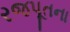
રજપૂતના